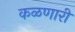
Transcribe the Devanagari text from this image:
कळणारी